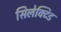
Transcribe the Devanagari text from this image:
सिलेक्टिड